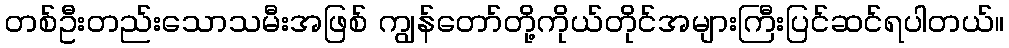
တစ်ဦးတည်းသောသမီးအဖြစ် ကျွန်တော်တို့ကိုယ်တိုင်အများကြီးပြင်ဆင်ရပါတယ်။